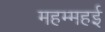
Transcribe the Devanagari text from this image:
महम्महई